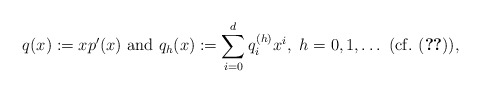
\begin{align*}q(x):=xp'(x)~{\rm and}~q_h(x):=\sum_{i=0}^dq_i^{(h)}x^i,~h=0,1,\dots~{\rm (cf.~ (\ref{eqdnd2}))},\end{align*}